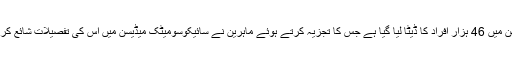
اس ضمن میں 46 ہزار افراد کا ڈیٹا لیا گیا ہے جس کا تجزیہ کرتے ہوئے ماہرین نے سائیکوسومیٹک میڈیسن میں اس کی تفصیلات شائع کرائی ہیں۔